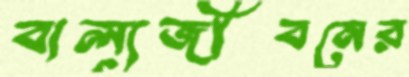
বাল্যজীবনের